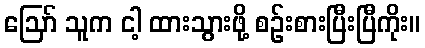
ဪ သူက ငါ့ ထားသွားဖို့ စဉ်းစားပြီးပြီကိုး။